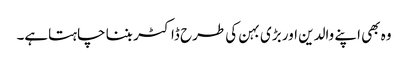
وہ بھی اپنے والدین اور بڑی بہن کی طرح ڈاکٹر بننا چاہتاہے۔